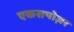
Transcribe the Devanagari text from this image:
एकसपोज़र